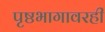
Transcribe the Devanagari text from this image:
पृष्ठभागावरही